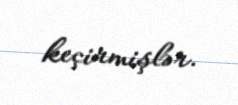
keçirmişlər.